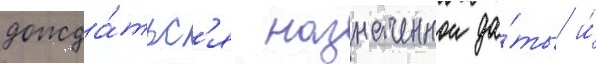
дожда́тьс'я назначеннои да́ты и́